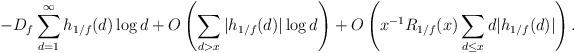
LaTeX: \begin{align*} - D_f \sum_{d=1}^{\infty} h_{1/f}(d)\log d + O\left( \sum_{d>x} |h_{1/f}(d)| \log d \right)+ O \left(x^{-1} R_{1/f}(x) \sum_{d\le x} d |h_{1/f}(d)|\right).\end{align*}